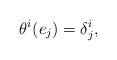
LaTeX: \begin{align*}\theta^i(e_j)=\delta^i_j,\end{align*}